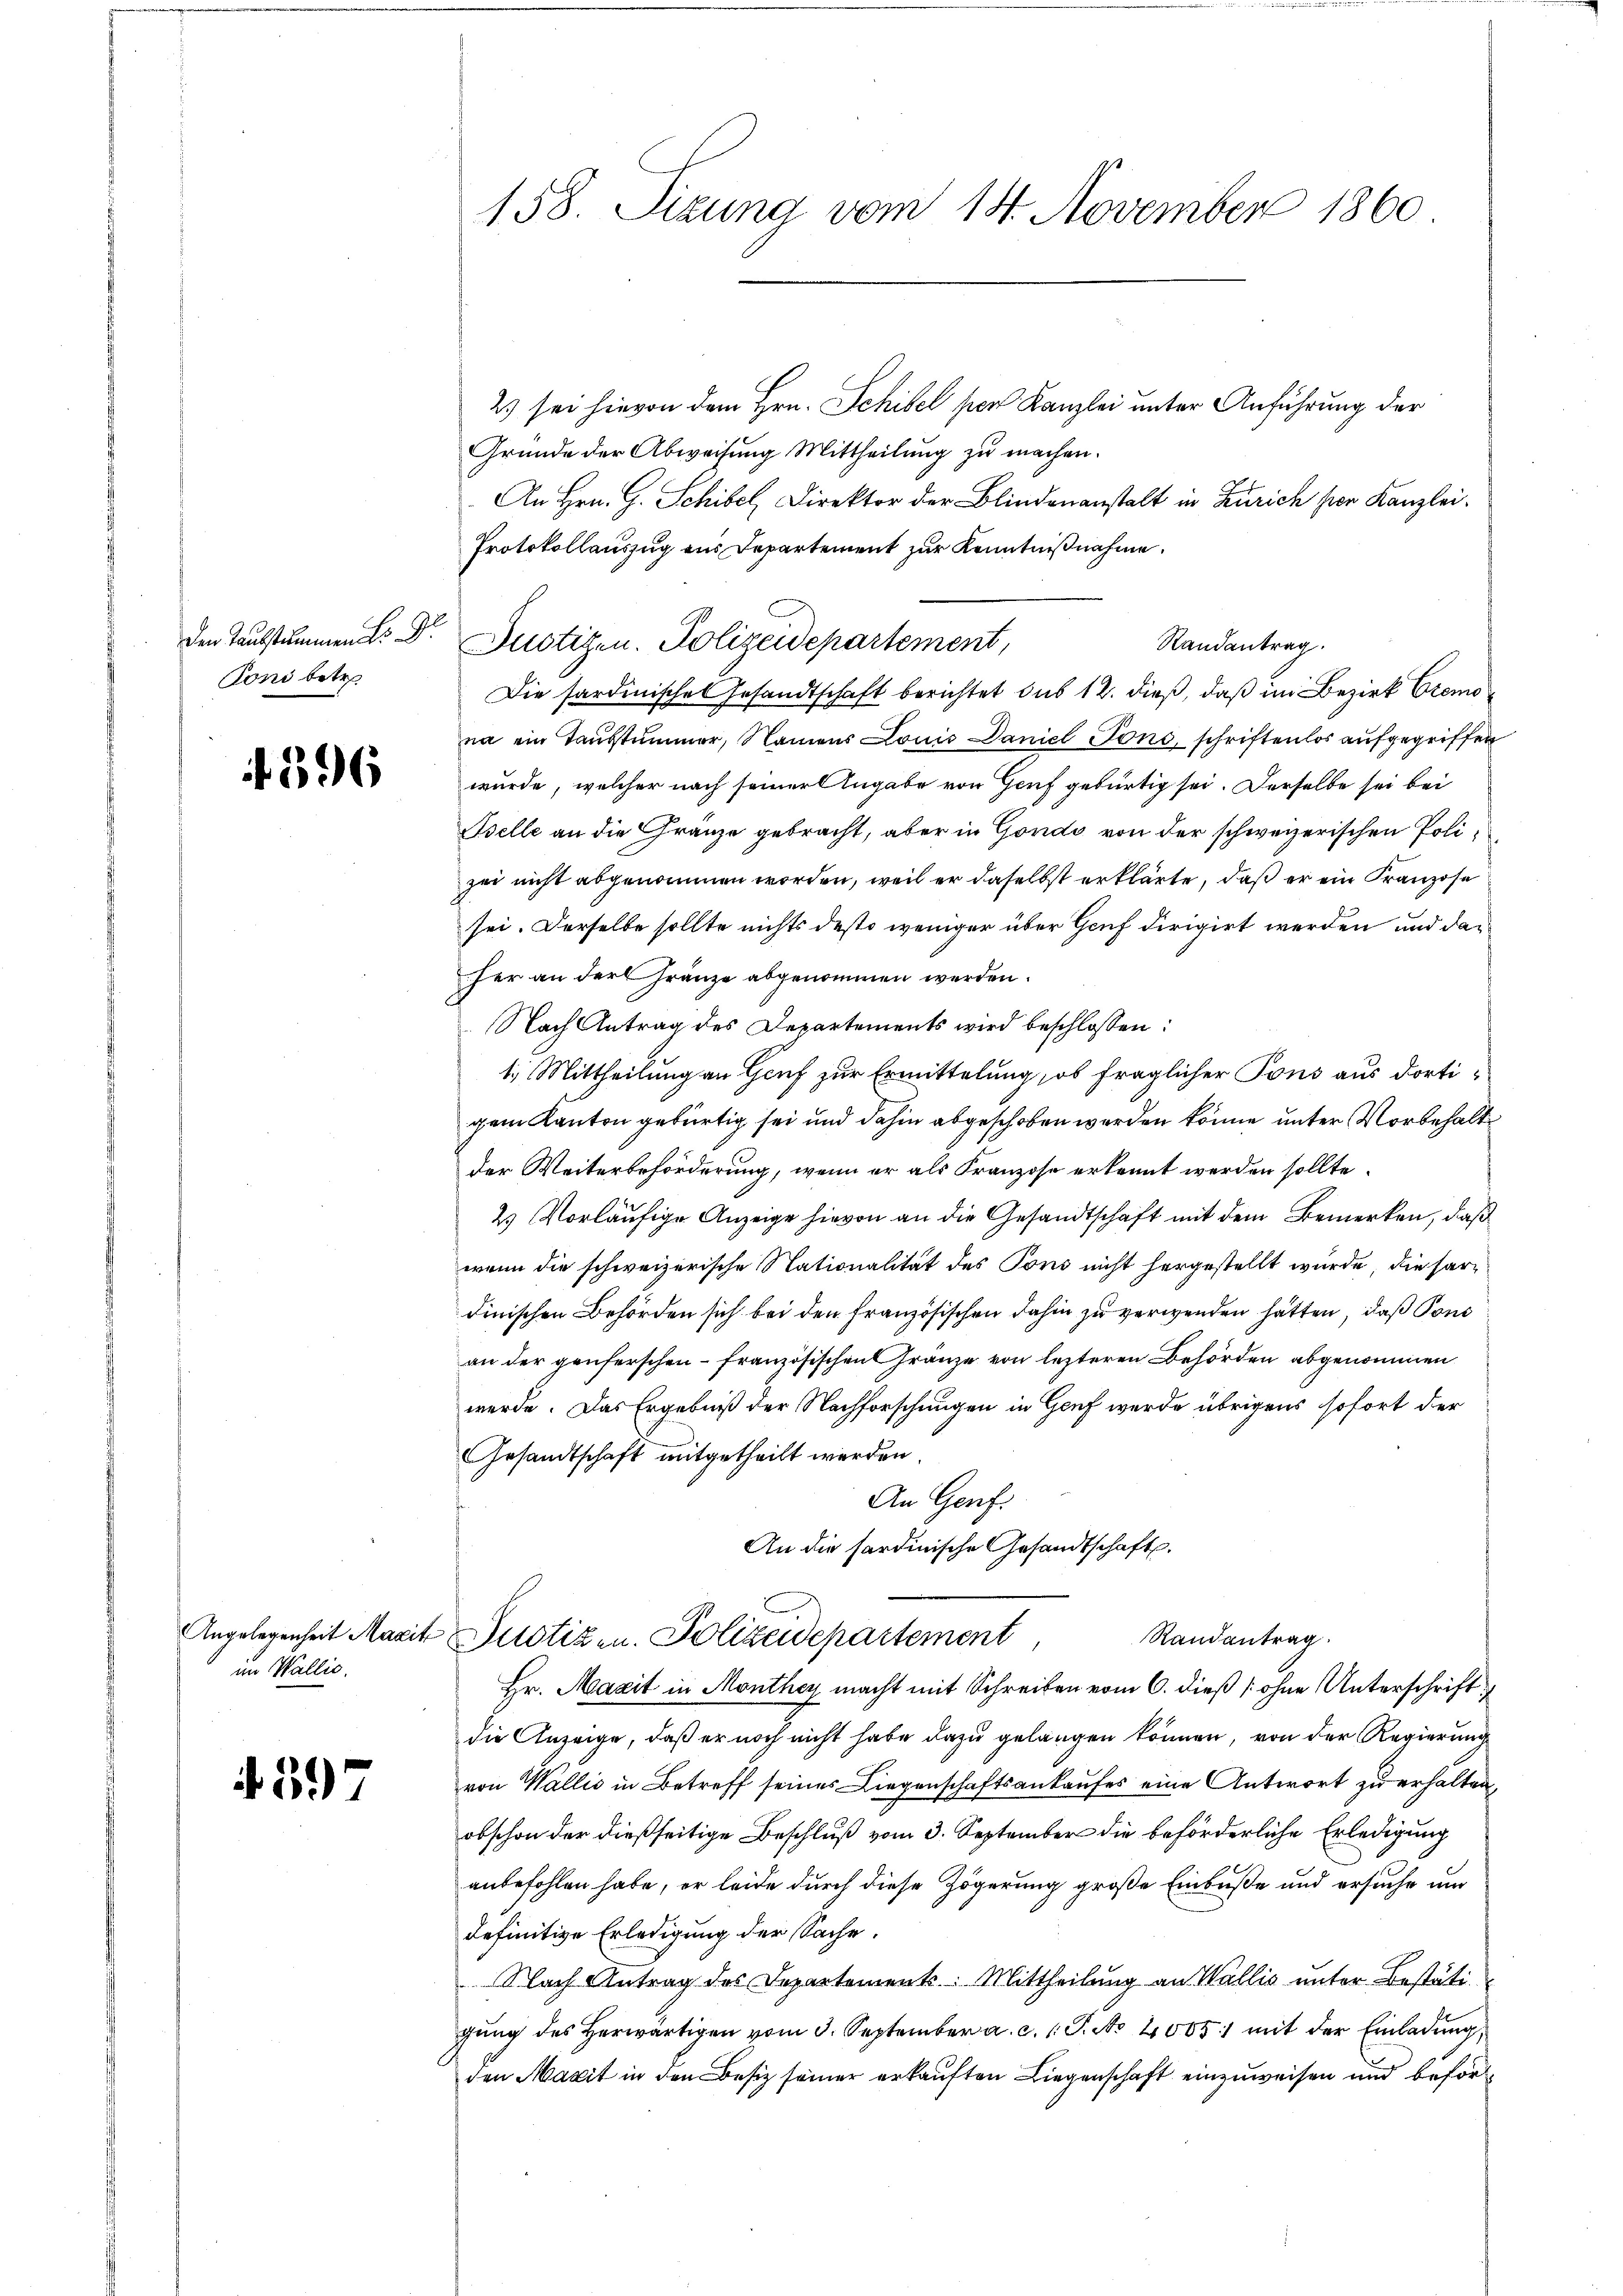
Coni betr

t 396

Angelegenheit Maxis
im Wallis.

if. 59

158. Sizung vom 14. November 1860

2) sei hievon dem Hrn. Schibel per Kanzlei unter Anführung der
Gründe der Abweisŭng Mittheilŭng zŭ machen.
An Hrn. G. Schibel, Direktor der Blindenanstalt in Zürich hier Kanzlei.
Protokollauszug aus Departement zur Kenntnißnahme.
der Taubstummen. Dr Justizen. Polizeidepartement,
Die Pardinisches Gesandtschaft berichtet sub 12. dieß, daß im Bezirk Cremona ein Taubstummer, Namens Louis Daniel Tons, schriftenlos aufgegriffen
wurde, welcher nach seiner Angabe von Genf gebürtig sei. Derselbe sei bei
Belle an die Gränze gebracht, aber in Gondo von der schweizerischen Polizei nicht abgenommen worden, weil er daselbst erklärte, daß er ein Franzose
sei. Derselbe sollte nichts desto weniger über Genf dirigirt werden und daher an der Franze abgenommen werden.
Nach Antrag des Departements wird beschlossen:
1.) Mittheilung an Genf zur Ermittelung, ob fraglicher Pons aus dortigem Kanton gebürtig sei und dahin abgeschoben werden könne unter Vorbehalt
der Weiterbeförderung, wenn er als Franzose erkennt werden sollte.
2 Vorläufige Anzeige hievon an die Gesandtschaft mit dem Bemerken, daß
wenn die schweizerische Nationalität des Pons nicht hergestellt wurde, die sardinischen Behörden sich bei den französischen dahin zu verwenden hätten, daß Sons
an der genferschen – französischen Gränze von lezteren Behörden abgenommen
werde. Das Ergebniß der Nachforschungen in Genf werde übrigens sofort der
Gesandtschaft mitgetheilt werden.
An Genf.
An die hardinische Gesandtschaft.
Randantrag.
4 Justizen. Polizeidepartement
Hr. Magit in Monther macht mit Schreiben vom 6. dieß [ohne Unterschriftdie Anzeige, daß er noch nicht habe dazu gelangen können, von der Regierung
von Wallis in Betreff seines Liegenschaftsankaufes eine Antwort zu erhalten,
obschon der dießseitige Beschluß vom 3. September die beförderliche Erledigung
anbefohlen habe, er leide durch diese Zögerung große Einbuße und ersuche und
definitive Erledigung der Sache.
Nach Antrag des Departement: Mittheilung an Wallis unter Bestätigŭng des herwärtigen vom 3. September a. c. 1 S. No 40651 mit der Einladung
den Maxit in den Besitz seiner erkauften Liegenschaft einzuweisen und beför¬

Randantrag.